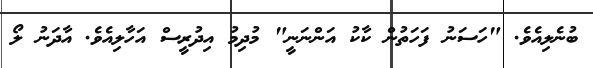
ބުނެލިއެވެ. "ހަސަނު ފަހަތުން ކާކު އަންނަނީ" މުދިމު އިދުރީސް އަހާލިއެވެ. އާދަނު ލޯ